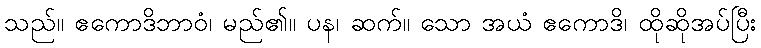
သည်။ ဧကောဒိဘာဝံ၊ မည်၏။ ပန၊ ဆက်။ သော အယံ ဧကောဒိ၊ ထိုဆိုအပ်ပြီး